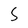
Character: 5